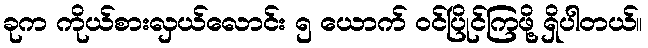
ခုက ကိုယ်စားလှယ်လောင်း ၅ ယောက် ဝင်ပြိုင်ကြဖို့ ရှိပါတယ်။